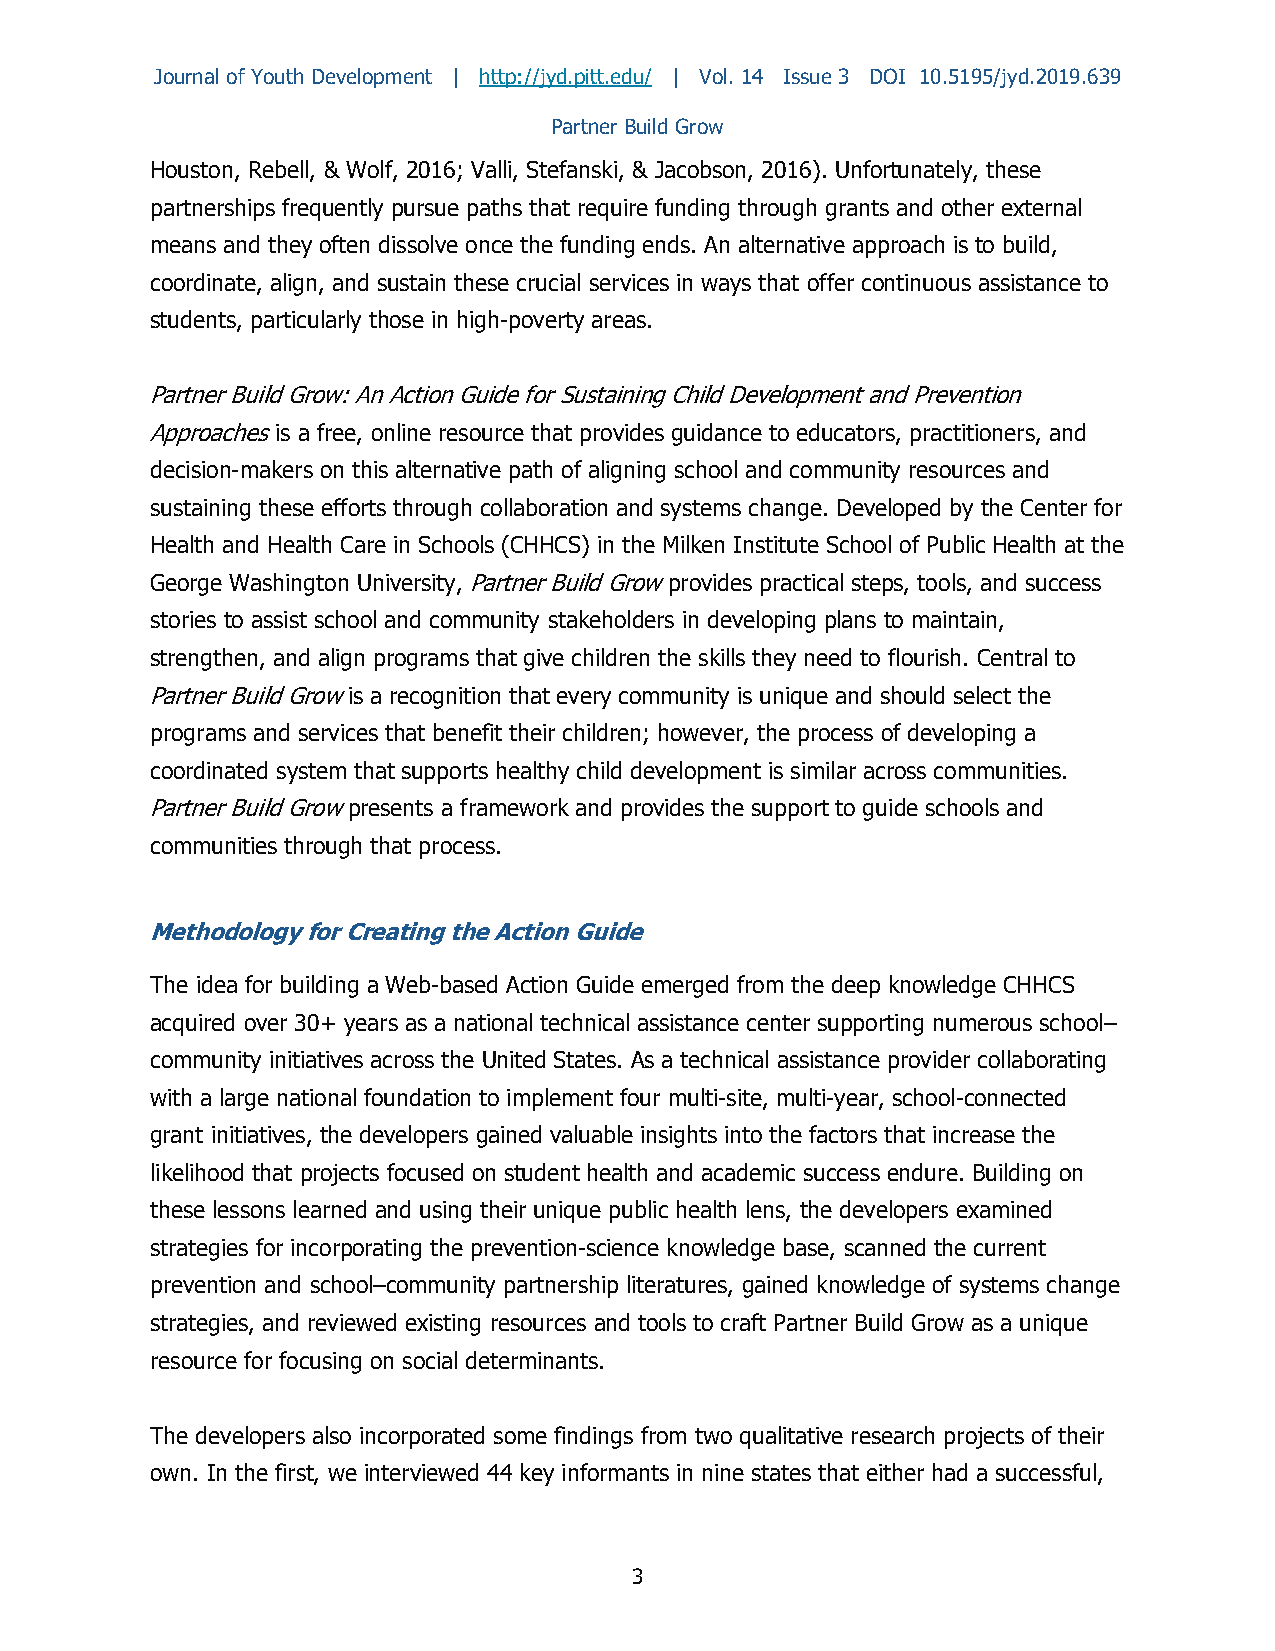
Journal of Youth Development | http://jyd.pitt.edu/ | Vol. 14 Issue 3 DOI 10.5195/jyd.2019.639
 Partner Build Grow
 Houston, Rebell, & Wolf, 2016; Valli, Stefanski, & Jacobson, 2016). Unfortunately, these
 partnerships frequently pursue paths that require funding through grants and other external
 means and they often dissolve once the funding ends. An alternative approach is to build,
 coordinate, align, and sustain these crucial services in ways that offer continuous assistance to
 students, particularly those in high-poverty areas.
 Partner Build Grow: An Action Guide for Sustaining Child Development and Prevention
 Approaches is a free, online resource that provides guidance to educators, practitioners, and
 decision-makers on this alternative path of aligning school and community resources and
 sustaining these efforts through collaboration and systems change. Developed by the Center for
 Health and Health Care in Schools (CHHCS) in the Milken Institute School of Public Health at the
 George Washington University, Partner Build Grow provides practical steps, tools, and success
 stories to assist school and community stakeholders in developing plans to maintain,
 strengthen, and align programs that give children the skills they need to flourish. Central to
 Partner Build Grow is a recognition that every community is unique and should select the
 programs and services that benefit their children; however, the process of developing a
 coordinated system that supports healthy child development is similar across communities.
 Partner Build Grow presents a framework and provides the support to guide schools and
 communities through that process.
 Methodology for Creating the Action Guide
 The idea for building a Web-based Action Guide emerged from the deep knowledge CHHCS
 acquired over 30+ years as a national technical assistance center supporting numerous school–
 community initiatives across the United States. As a technical assistance provider collaborating
 with a large national foundation to implement four multi-site, multi-year, school-connected
 grant initiatives, the developers gained valuable insights into the factors that increase the
 likelihood that projects focused on student health and academic success endure. Building on
 these lessons learned and using their unique public health lens, the developers examined
 strategies for incorporating the prevention-science knowledge base, scanned the current
 prevention and school–community partnership literatures, gained knowledge of systems change
 strategies, and reviewed existing resources and tools to craft Partner Build Grow as a unique
 resource for focusing on social determinants.
 The developers also incorporated some findings from two qualitative research projects of their
 own. In the first, we interviewed 44 key informants in nine states that either had a successful,
 3